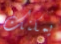
يمكنك